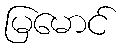
မြမောင်